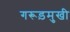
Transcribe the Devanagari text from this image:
गरूड़मुखी